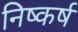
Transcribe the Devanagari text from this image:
निष्कर्ष